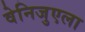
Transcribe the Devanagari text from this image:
वेनिजुएला